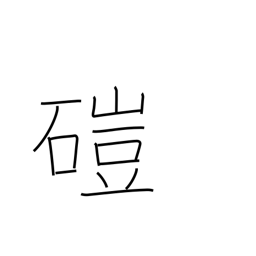
Meaning: hand mill